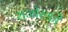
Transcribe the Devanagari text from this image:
राजोस्की